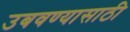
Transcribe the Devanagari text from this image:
उबवण्यासाठी